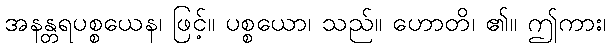
အနန္တရပစ္စယေန၊ ဖြင့်။ ပစ္စယော၊ သည်။ ဟောတိ၊ ၏။ ဤကား၊